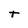
Character: t